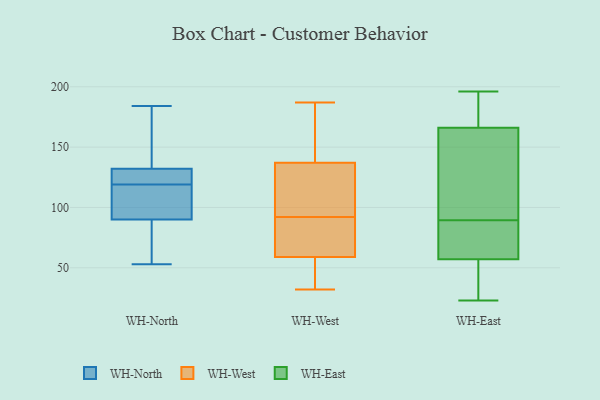
{"axis": {"x": "Tickets Resolved", "y": "Value"}, "legend": ["WH-East", "WH-North", "WH-West"], "data": [{"x": "", "y": 90, "type": "WH-North"}, {"x": "", "y": 184, "type": "WH-North"}, {"x": "", "y": 72, "type": "WH-North"}, {"x": "", "y": 107, "type": "WH-North"}, {"x": "", "y": 132, "type": "WH-North"}, {"x": "", "y": 125, "type": "WH-North"}, {"x": "", "y": 113, "type": "WH-North"}, {"x": "", "y": 129, "type": "WH-North"}, {"x": "", "y": 53, "type": "WH-North"}, {"x": "", "y": 145, "type": "WH-North"}, {"x": "", "y": 64, "type": "WH-West"}, {"x": "", "y": 78, "type": "WH-West"}, {"x": "", "y": 70, "type": "WH-West"}, {"x": "", "y": 157, "type": "WH-West"}, {"x": "", "y": 187, "type": "WH-West"}, {"x": "", "y": 48, "type": "WH-West"}, {"x": "", "y": 117, "type": "WH-West"}, {"x": "", "y": 59, "type": "WH-West"}, {"x": "", "y": 137, "type": "WH-West"}, {"x": "", "y": 106, "type": "WH-West"}, {"x": "", "y": 32, "type": "WH-West"}, {"x": "", "y": 175, "type": "WH-West"}, {"x": "", "y": 132, "type": "WH-West"}, {"x": "", "y": 34, "type": "WH-West"}, {"x": "", "y": 26, "type": "WH-East"}, {"x": "", "y": 39, "type": "WH-East"}, {"x": "", "y": 69, "type": "WH-East"}, {"x": "", "y": 175, "type": "WH-East"}, {"x": "", "y": 107, "type": "WH-East"}, {"x": "", "y": 144, "type": "WH-East"}, {"x": "", "y": 178, "type": "WH-East"}, {"x": "", "y": 196, "type": "WH-East"}, {"x": "", "y": 166, "type": "WH-East"}, {"x": "", "y": 123, "type": "WH-East"}, {"x": "", "y": 57, "type": "WH-East"}, {"x": "", "y": 73, "type": "WH-East"}, {"x": "", "y": 86, "type": "WH-East"}, {"x": "", "y": 64, "type": "WH-East"}, {"x": "", "y": 93, "type": "WH-East"}, {"x": "", "y": 191, "type": "WH-East"}, {"x": "", "y": 23, "type": "WH-East"}, {"x": "", "y": 39, "type": "WH-East"}]}